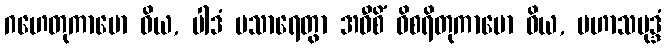
ဂဟေတုကာမော ဝိယ, ပါဒံ ပသာရေတွာ အဝီစိံ ဝိစရိတုကာမော ဝိယ, မဟာသမုဒ္ဒံ